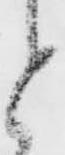
と